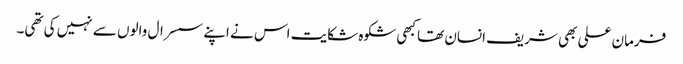
فرمان علی بھی شریف انسان تھا کبھی شکوہ شکایت اس نے اپنے سسرال والوں سے نہیں کی تھی۔